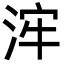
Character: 浶